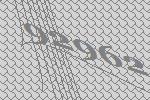
92962